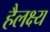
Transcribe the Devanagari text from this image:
हैलक्ष्य